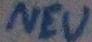
Text: NEU